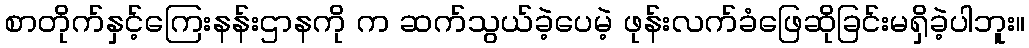
စာတိုက်နှင့်ကြေးနန်းဌာနကို က ဆက်သွယ်ခဲ့ပေမဲ့ ဖုန်းလက်ခံဖြေဆိုခြင်းမရှိခဲ့ပါဘူး။